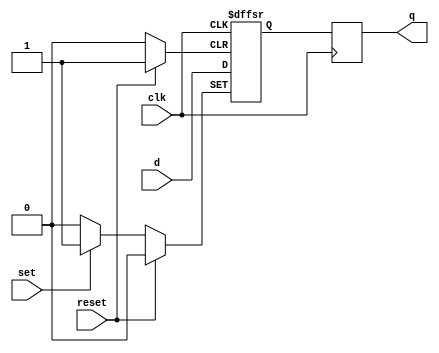
module edge_triggered_latch(
    input clk,
    input reset,
    input set,
    input d,
    output reg q
);

reg q_next;

always @(posedge clk or posedge reset or posedge set) begin
    if (reset) begin
        q_next <= 1'b0;
    end else if (set) begin
        q_next <= 1'b1;
    end else begin
        q_next <= d;
    end
end

always @(posedge clk) begin
    q <= q_next;
end

endmodule